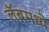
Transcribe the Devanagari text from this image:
लॅबमध्ये